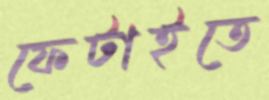
ফেটাইতে